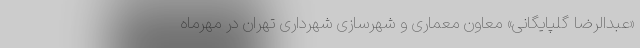
«عبدالرضا گلپایگانی» معاون معماری و شهرسازی شهرداری تهران در مهرماه